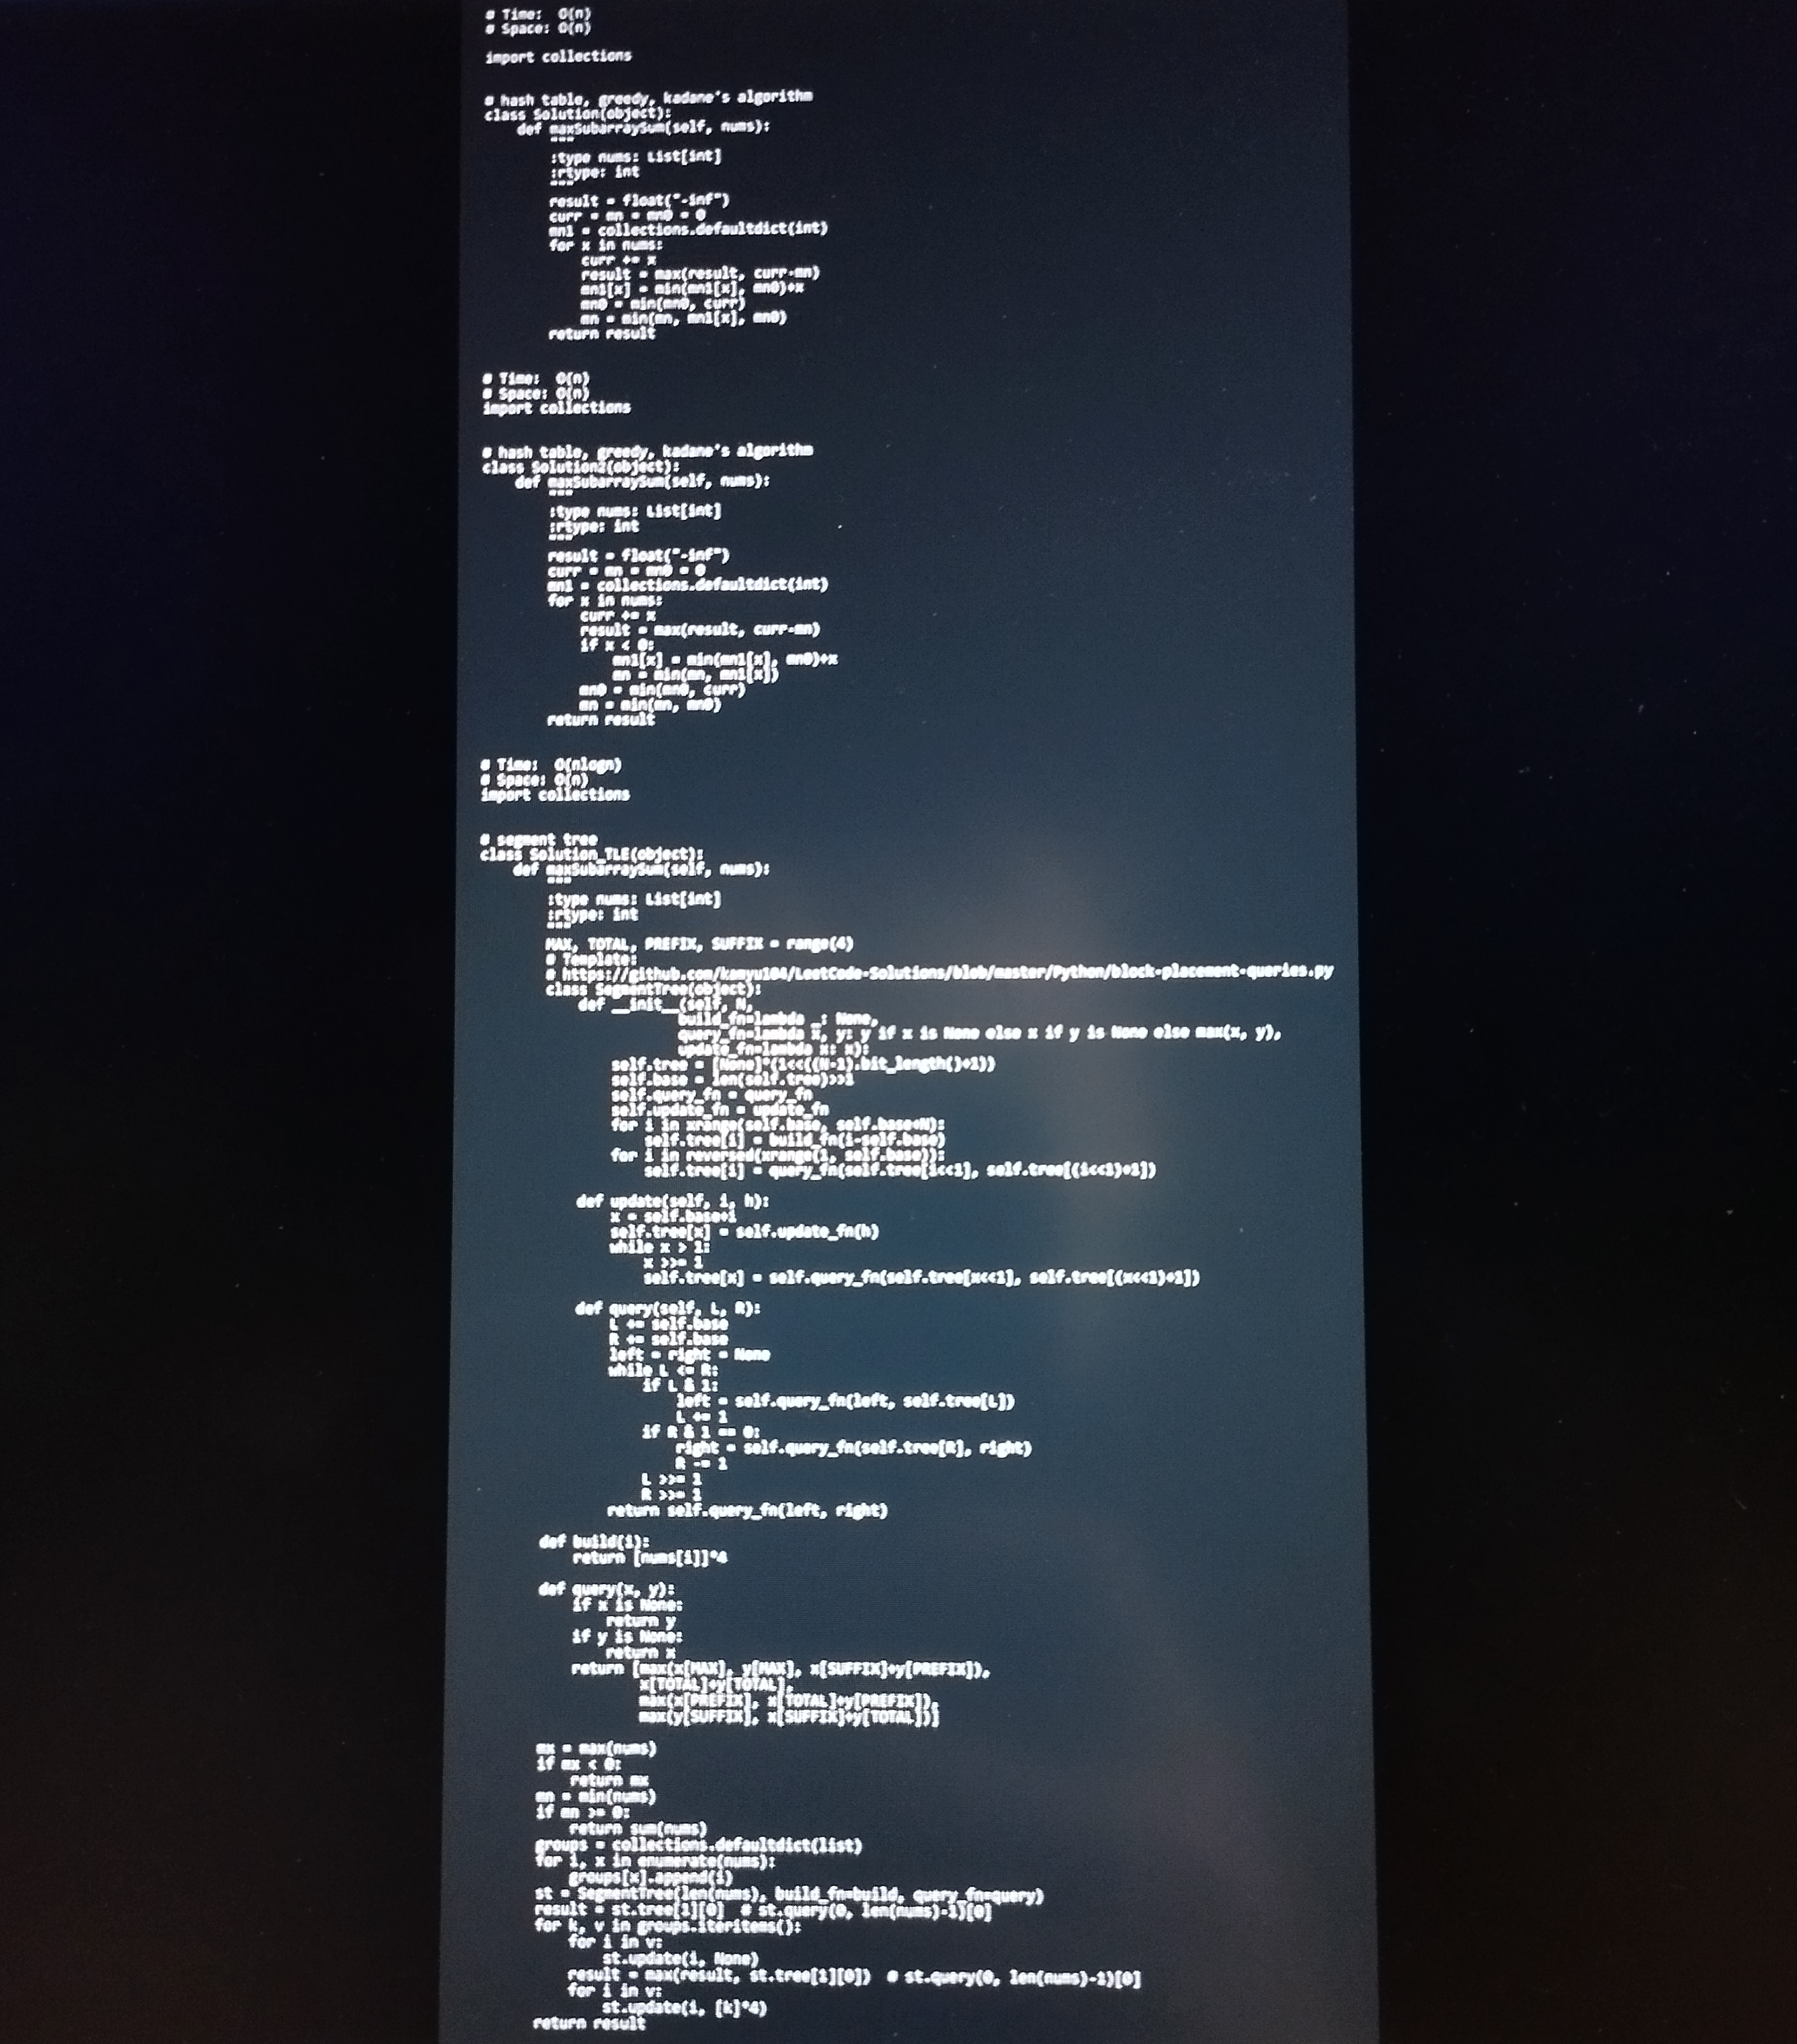
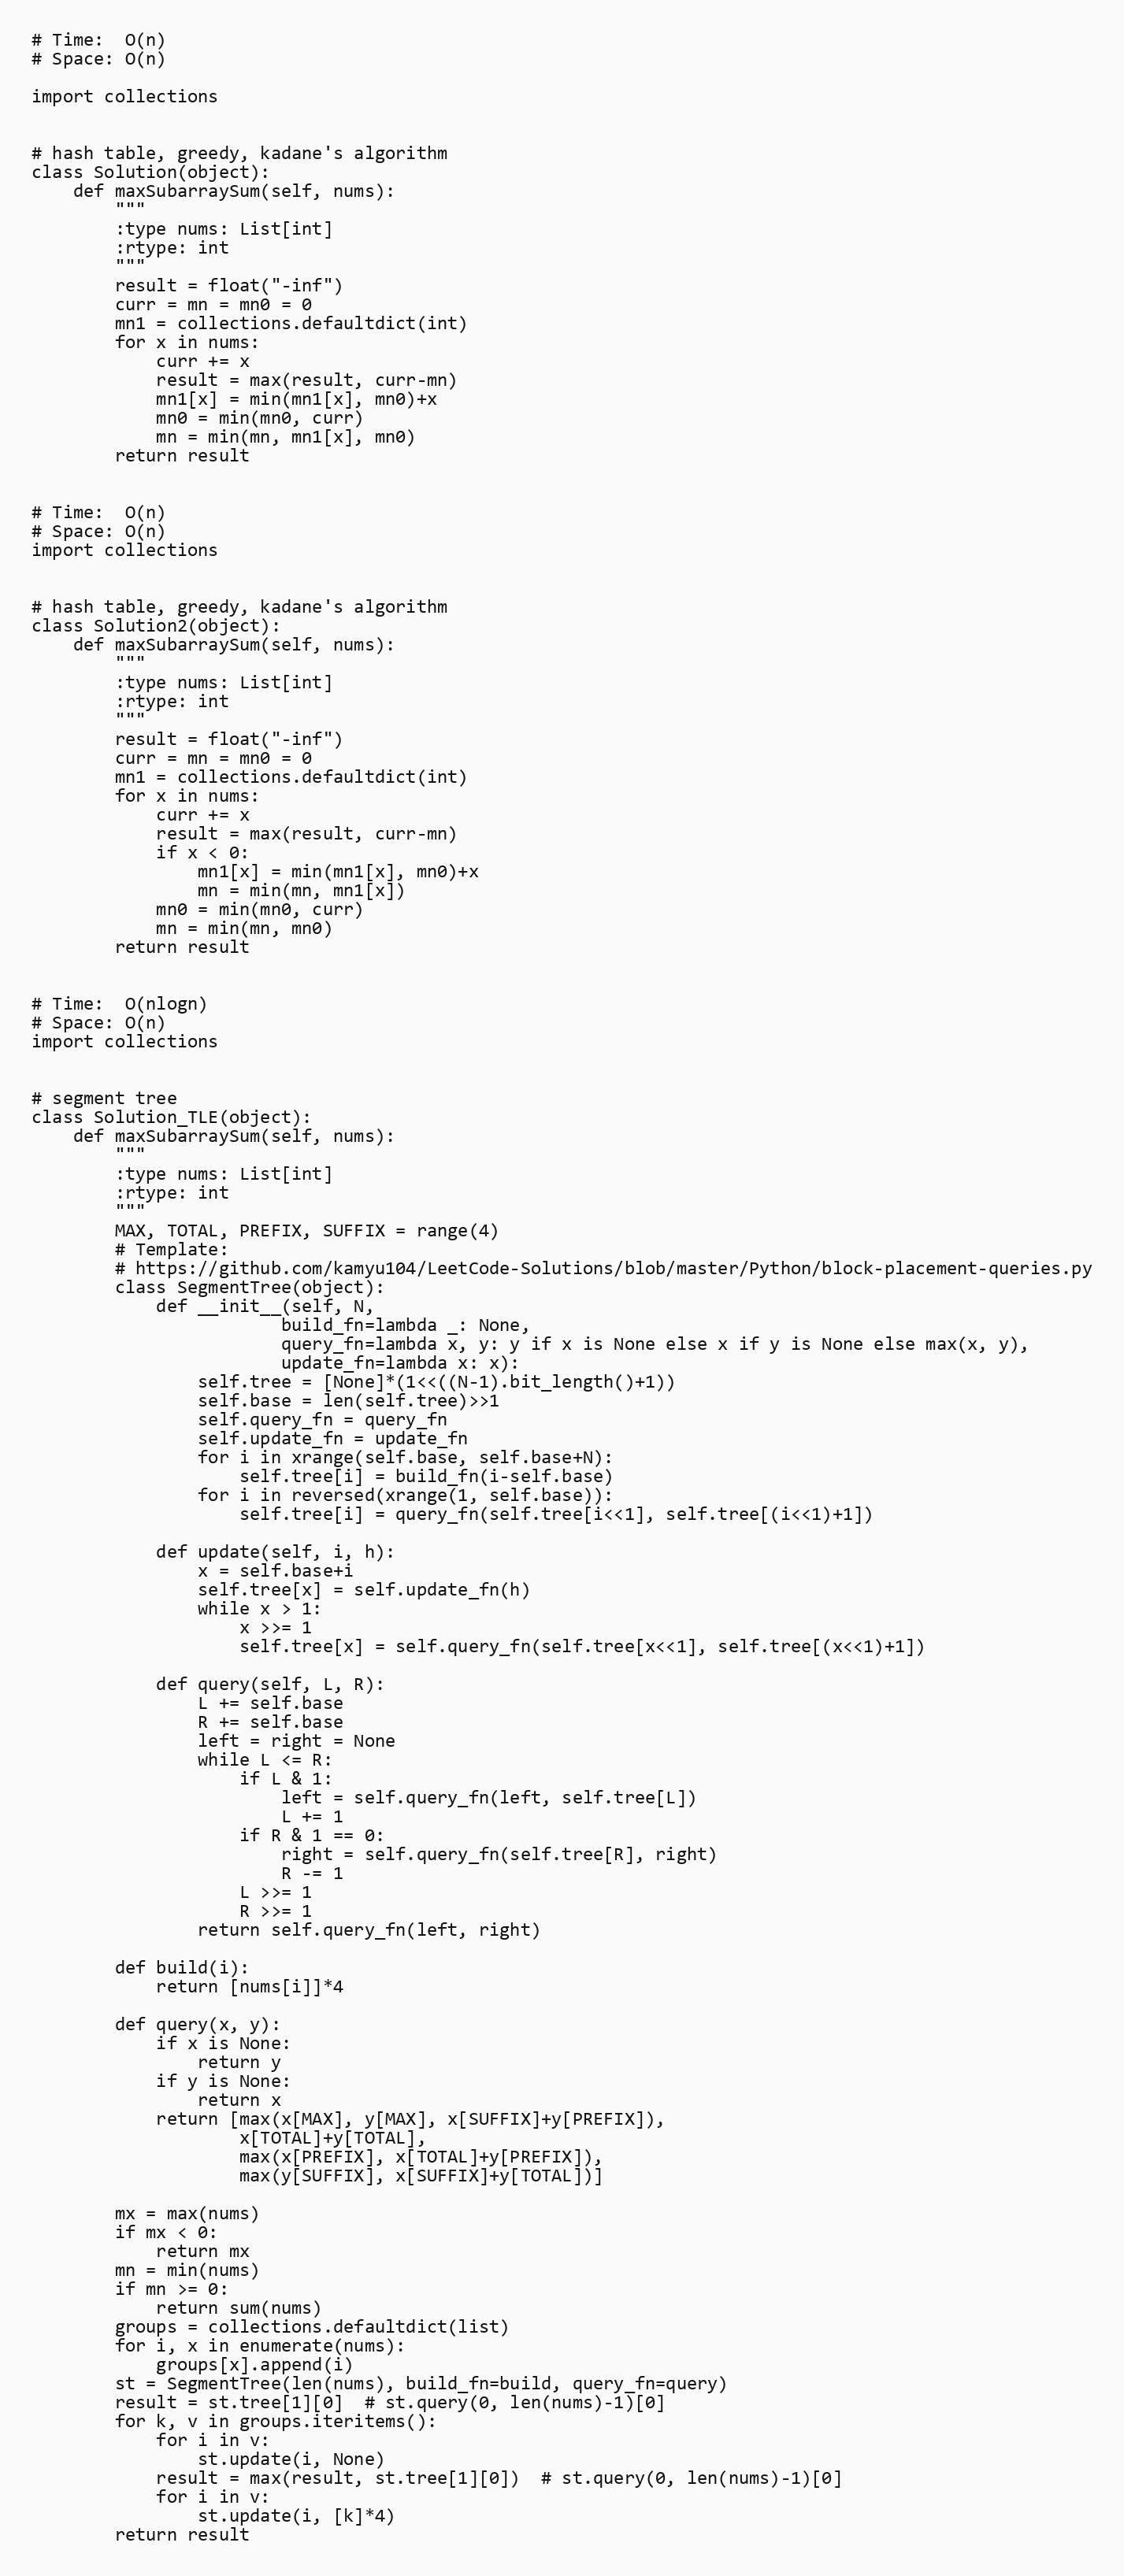
# Time:  O(n)
# Space: O(n)

import collections

# hash table, greedy, kadane's algorithm
class Solution(object):
    def maxSubarraySum(self, nums):
        """
        :type nums: List[int]
        :rtype: int
        """
        result = float("-inf")
        curr = mn = mn0 = 0
        mn1 = collections.defaultdict(int)
        for x in nums:
            curr += x
            result = max(result, curr-mn)
            mn1[x] = min(mn1[x], mn0)+x
            mn0 = min(mn0, curr)
            mn = min(mn, mn1[x], mn0)
        return result

# Time:  O(n)
# Space: O(n)
import collections

# hash table, greedy, kadane's algorithm
class Solution2(object):
    def maxSubarraySum(self, nums):
        """
        :type nums: List[int]
        :rtype: int
        """
        result = float("-inf")
        curr = mn = mn0 = 0
        mn1 = collections.defaultdict(int)
        for x in nums:
            curr += x
            result = max(result, curr-mn)
            if x < 0:
                mn1[x] = min(mn1[x], mn0)+x
                mn = min(mn, mn1[x])
            mn0 = min(mn0, curr)
            mn = min(mn, mn0)
        return result

# Time:  O(nlogn)
# Space: O(n)
import collections

# segment tree
class Solution_TLE(object):
    def maxSubarraySum(self, nums):
        """
        :type nums: List[int]
        :rtype: int
        """
        MAX, TOTAL, PREFIX, SUFFIX = range(4)
        # Template:
        # https://github.com/kamyu104/LeetCode-Solutions/blob/master/Python/block-placement-queries.py
        class SegmentTree(object):
            def __init__(self, N,
                        build_fn=lambda _: None,
                        query_fn=lambda x, y: y if x is None else x if y is None else max(x, y),
                        update_fn=lambda x: x):
                self.tree = [None]*(1<<((N-1).bit_length()+1))
                self.base = len(self.tree)>>1
                self.query_fn = query_fn
                self.update_fn = update_fn
                for i in xrange(self.base, self.base+N):
                    self.tree[i] = build_fn(i-self.base)
                for i in reversed(xrange(1, self.base)):
                    self.tree[i] = query_fn(self.tree[i<<1], self.tree[(i<<1)+1])

            def update(self, i, h):
                x = self.base+i
                self.tree[x] = self.update_fn(h)
                while x > 1:
                    x >>= 1
                    self.tree[x] = self.query_fn(self.tree[x<<1], self.tree[(x<<1)+1])

            def query(self, L, R):
                L += self.base
                R += self.base
                left = right = None
                while L <= R:
                    if L & 1:
                        left = self.query_fn(left, self.tree[L])
                        L += 1
                    if R & 1 == 0:
                        right = self.query_fn(self.tree[R], right)
                        R -= 1
                    L >>= 1
                    R >>= 1
                return self.query_fn(left, right)

        def build(i):
            return [nums[i]]*4

        def query(x, y):
            if x is None:
                return y
            if y is None:
                return x
            return [max(x[MAX], y[MAX], x[SUFFIX]+y[PREFIX]),
                    x[TOTAL]+y[TOTAL],
                    max(x[PREFIX], x[TOTAL]+y[PREFIX]),
                    max(y[SUFFIX], x[SUFFIX]+y[TOTAL])]

        mx = max(nums)
        if mx < 0:
            return mx
        mn = min(nums)
        if mn >= 0:
            return sum(nums)
        groups = collections.defaultdict(list)
        for i, x in enumerate(nums):
            groups[x].append(i)
        st = SegmentTree(len(nums), build_fn=build, query_fn=query)
        result = st.tree[1][0]  # st.query(0, len(nums)-1)[0]
        for k, v in groups.iteritems():
            for i in v:
                st.update(i, None)
            result = max(result, st.tree[1][0])  # st.query(0, len(nums)-1)[0]
            for i in v:
                st.update(i, [k]*4)
        return result